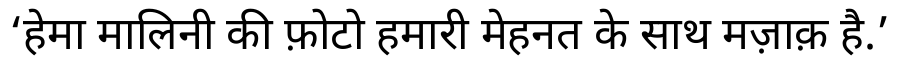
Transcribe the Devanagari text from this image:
‘हेमा मालिनी की फ़ोटो हमारी मेहनत के साथ मज़ाक़ है.’